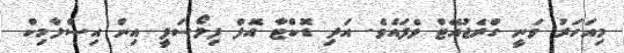
މިއަހަރު ވަނީ ގްރެޖުއޭޓް ވެފައެވެ. އަދި ޑޮކްޓާ އޮފް ފިލޯސަފީ އިން އިސްލާމިކް